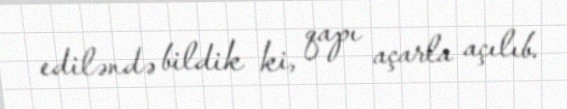
ediləndə bildik ki, qapı açarla açılıb.